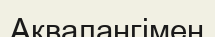
Аквалангімен